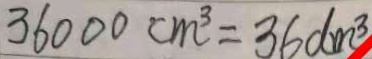
3 6 0 0 0 c m ^ { 3 } = 3 6 d m ^ { 3 }